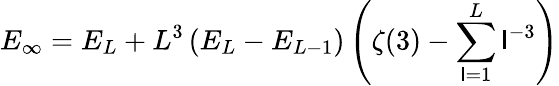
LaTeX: E_{\infty}=E_{L}+L^{3}\left(E_{L}-E_{L-1}\right)\left(\zeta(3)-\sum_{\mathsf{l}=1}^{L}\mathsf{l}^{-3}\right)